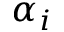
\alpha _ { i }